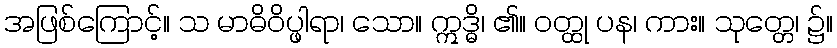
အဖြစ်ကြောင့်။ သ မာဓိဝိပ္ဖါရာ၊ သော။ ဣဒ္ဓိ၊ ၏။ ဝတ္ထု ပန၊ ကား။ သုတ္တေ၊ ၌။